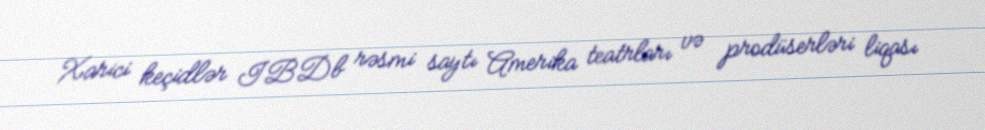
Xarici keçidlər IBDb rəsmi saytı Amerika teatrları və prodüserləri liqası